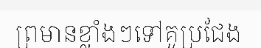
ព្រមានខ្លាំងៗទៅគូប្រជែង